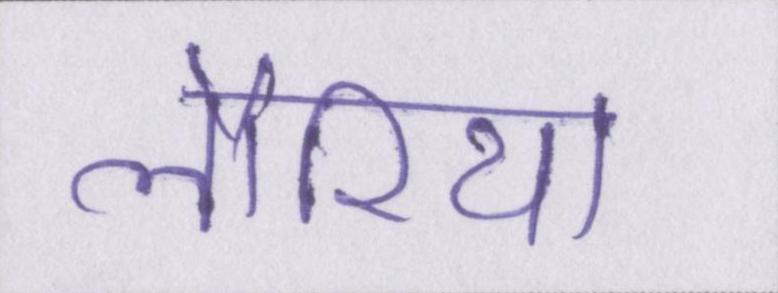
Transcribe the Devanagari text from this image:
लौरिया